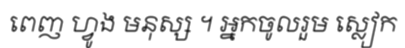
ពេញ ហ្វូង មនុស្ស ។ អ្នកចូលរួម ស្លៀក